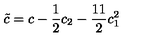
{ \tilde { c } } = c - { \frac { 1 } { 2 } } c _ { 2 } - { \frac { 1 1 } { 2 } } c _ { 1 } ^ { 2 }